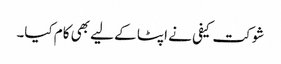
شوکت کیفی نے اپٹا کے لیے بھی کام کیا۔